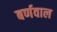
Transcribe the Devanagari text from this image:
बर्णवाल